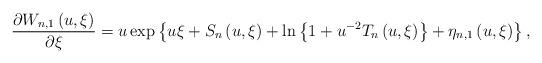
LaTeX: \begin{align*}\frac{\partial W_{n,1}\left( {u,\xi }\right) }{\partial \xi }=u\exp \left\{ {u\xi +S_{n}\left( {u,\xi }\right) +\ln \left\{ {1+u^{-2}T_{n}\left( {u,\xi }\right) }\right\} +\eta _{n,1}\left( {u,\xi }\right) }\right\} ,\end{align*}